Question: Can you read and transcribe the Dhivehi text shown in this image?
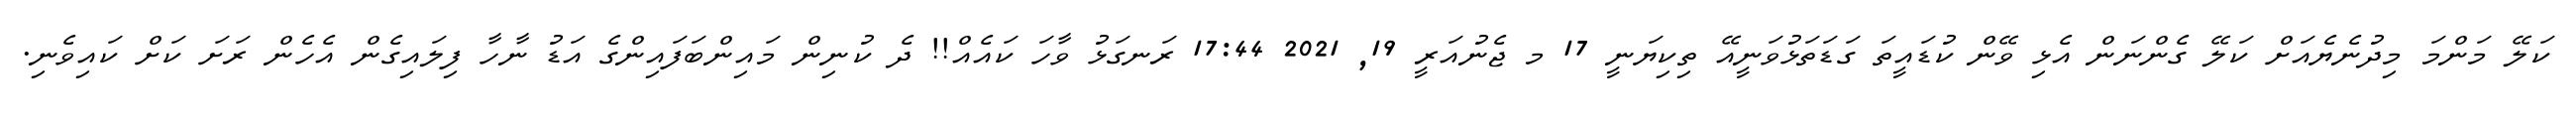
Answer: ކަލޭ މަންމަ މިދުނެޔެއަށް ކަލޭ ގެންނަން އެޅި ވޭން ކުޑައީތަ ގަޑަތަޅުވަނީއޭ ތިކިޔަނީ 17 މ ޖެނުއަރީ 19, 2021 17:44 ރަނގަޅު ވާހަ ކައެއް!! ދެ ކުނިން މައިންބަފައިންގެ އަޑު ނާހާ ފިލައިގެން އެހެން ރަށަ ކަށް ކައިވެނި.